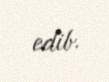
edib.